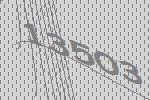
13503